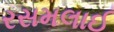
રસમલાઈ